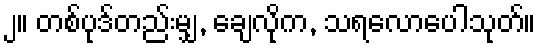
၂။ တစ်ပုဒ်တည်းမျှ, ချေလိုက, သရလောပေါသုတ်။